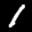
Label: 1